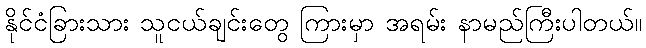
နိုင်ငံခြားသား သူငယ်ချင်းတွေ ကြားမှာ အရမ်း နာမည်ကြီးပါတယ်။